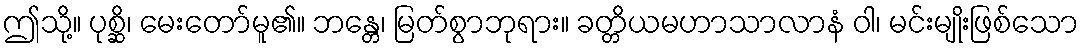
ဤသို့။ ပုစ္ဆိ၊ မေးတော်မူ၏။ ဘန္တေ၊ မြတ်စွာဘုရား။ ခတ္တိယမဟာသာလာနံ ဝါ၊ မင်းမျိုးဖြစ်သော